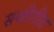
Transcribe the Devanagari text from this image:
सखीगीत